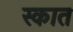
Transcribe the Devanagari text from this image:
स्कात